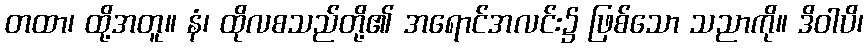
တထာ၊ ထို့အတူ။ နံ၊ ထိုလစသည်တို့၏ အရောင်အလင်း၌ ဖြစ်သော သညာကို။ ဒိဝါပိ၊